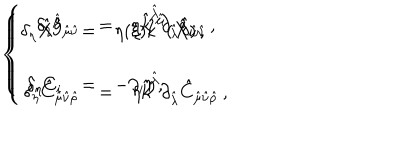
\left\{ \begin{array} { r c l } { { \delta _ { \eta } \hat { X } ^ { \hat { \mu } } } } & { { = } } & { { \eta ( \xi ) \hat { k } ^ { \hat { \mu } } ( \hat { X } ) \, , } } \\ { { } } & { { } } & { { } } \\ { { \delta _ { \eta } C _ { i } } } & { { = } } & { { - \partial _ { i } \eta \, , } } \\ \end{array} \right. \hspace { 1 . 5 c m } \left\{ \begin{array} { r c l } { { \delta _ { \eta } \hat { g } _ { \hat { \mu } \hat { \nu } } } } & { { = } } & { { \eta \hat { k } ^ { \hat { \lambda } } \partial _ { \hat { \lambda } } \hat { g } _ { \hat { \mu } \hat { \nu } } \, , } } \\ { { } } & { { } } & { { } } \\ { { \delta _ { \eta } \hat { C } _ { \hat { \mu } \hat { \nu } \hat { \rho } } } } & { { = } } & { { \eta \hat { k } ^ { \hat { \lambda } } \partial _ { \hat { \lambda } } \hat { C } _ { \hat { \mu } \hat { \nu } \hat { \rho } } \, , } } \\ \end{array} \right.